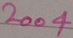
Text: 2004